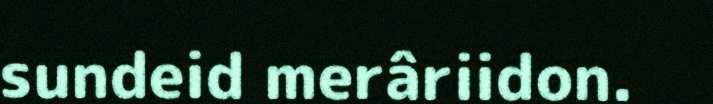
sundeid merâriidon.